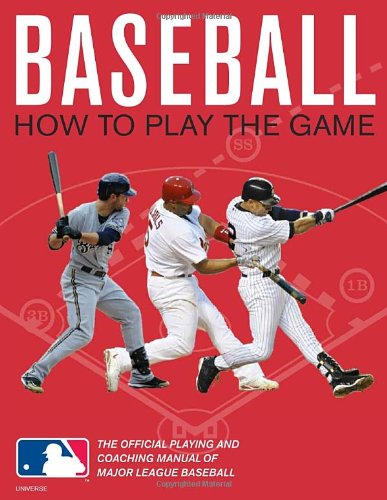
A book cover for Baseball: How To Play The Game: The Official Playing and Coaching Manual of Major League Baseball; Pete Williams; Sports & Outdoors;